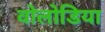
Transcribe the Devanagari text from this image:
वोलोडिया